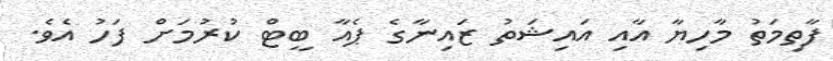
ފާތިމަތު މާހިޔާ އާއި އައިޝަތު ޒައިނާގެ ޕެއާ ބީޓް ކުރުމަށް ފަހު އެވެ.